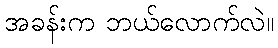
အခန်းက ဘယ်လောက်လဲ။